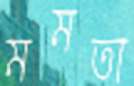
মমতা